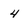
Character: 4